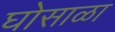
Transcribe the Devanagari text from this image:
घोसाळा